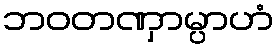
ဘဝတဏှာမ္ပာဟံ